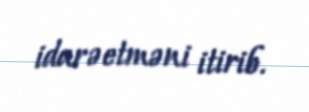
idarəetməni itirib.